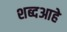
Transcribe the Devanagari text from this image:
शब्दआहे